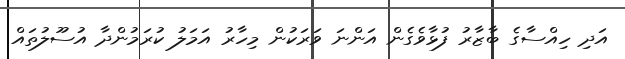
އަދި ހިއްސާގެ ބާޒާރު ފުޅާވެގެން އަންނަ ވަރަކުން މިހާރު އަމަލު ކުރަމުންދާ އުސޫލުތައް